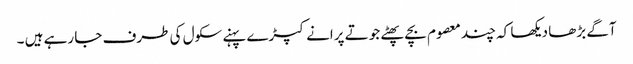
آگے بڑھا دیکھا کہ چند معصوم بچے پھٹے جوتے پرانے کپڑے پہنے سکول کی طرف جا رہے ہیں ۔